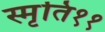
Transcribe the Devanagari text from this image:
स्मृति११